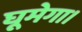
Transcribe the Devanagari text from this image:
घूमेगा।